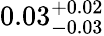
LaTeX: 0.03_{-0.03}^{+0.02}